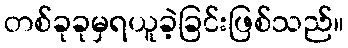
တစ်ခုခုမှရယူခဲ့ခြင်းဖြစ်သည်။